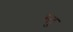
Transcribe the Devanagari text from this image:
म्तु